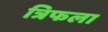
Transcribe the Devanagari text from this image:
त्रिफला